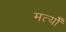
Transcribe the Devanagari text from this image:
मर्त्यों